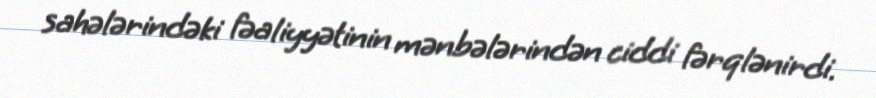
sahələrindəki fəaliyyətinin mənbələrindən ciddi fərqlənirdi.